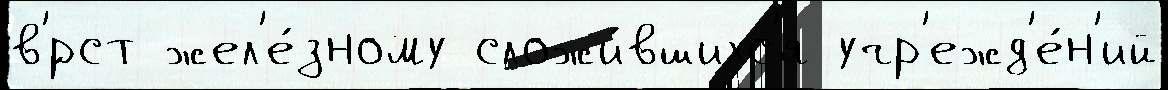
в'́рст жел'е́зному сложи́вшихс'я учр'ежд'е́н'ий